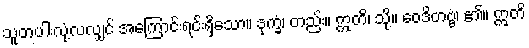
သူတပါးလုံ့လလျှင် အကြောင်းရင်းရှိသော။ ဒုက္ခံ၊ တည်း။ ဣတိ၊ သို့။ ဝေဒိတဗ္ဗံ၊ ၏။ ဣတိ